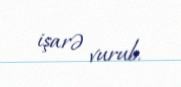
işarə vurub.